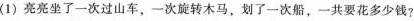
(1)亮亮坐了一次过山车，一次旋转木马，划了一次船，一共要花多少钱?